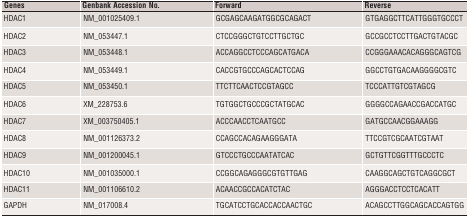
<table><thead><tr><td><b>Genes</b></td><td><b>Genbank Accession No.</b></td><td><b>Forward</b></td><td><b>Reverse</b></td></tr></thead><tbody><tr><td>HDAC1</td><td>NM_001025409.1</td><td>GCGAGCAAGATGGCGCAGACT</td><td>GTGAGGCTTCATTGGGTGCCCT</td></tr><tr><td>HDAC2</td><td>NM_053447.1</td><td>CTCCGGGCTGTCCTTGCTGC</td><td>GCCGCCTCCTTGACTGTACGC</td></tr><tr><td>HDAC3</td><td>NM_053448.1</td><td>ACCAGGCCTCCCAGCATGACA</td><td>CCGGGAAACACAGGGCAGTCG</td></tr><tr><td>HDAC4</td><td>NM_053449.1</td><td>CACCGTGCCCAGCACTCCAG</td><td>GGCCTGTGACAAGGGGCGTC</td></tr><tr><td>HDAC5</td><td>NM_053450.1</td><td>TTCTTCAACTCCGTAGCC</td><td>TCCCATTGTCGTAGCG</td></tr><tr><td>HDAC6</td><td>XM_228753.6</td><td>TGTGGCTGCCCGCTATGCAC</td><td>GGGGCCAGAACCGACCATGC</td></tr><tr><td>HDAC7</td><td>XM_003750405.1</td><td>ACCCAACCTCAATGCC</td><td>GATGCCAACGGAAAGG</td></tr><tr><td>HDAC8</td><td>NM_001126373.2</td><td>CCAGCCACAGAAGGGATA</td><td>TTCCGTCGCAATCGTAAT</td></tr><tr><td>HDAC9</td><td>NM_001200045.1</td><td>GTCCCTGCCCAATATCAC</td><td>GCTGTTCGGTTTGCCCTC</td></tr><tr><td>HDAC10</td><td>NM_001035000.1</td><td>CCGGCAGAGGGCGTGTTGAG</td><td>CAAGGCAGCTGTCAGGCGCT</td></tr><tr><td>HDAC11</td><td>NM_001106610.2</td><td>ACAACCGCCACATCTAC</td><td>AGGGACCTCCTCACATT</td></tr><tr><td>GAPDH</td><td>NM_017008.4</td><td>TGCATCCTGCACCACCAACTGC</td><td>ACAGCCTTGGCAGCACCAGTGG</td></tr></tbody></table>